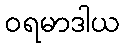
ဝရမာဒါယ